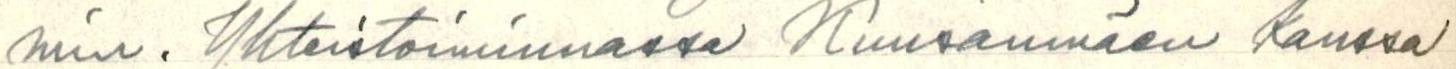
min. Yhteistoiminnassa Kuusanmäen kanssa